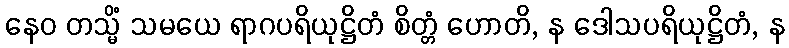
နေဝ တသ္မိံ သမယေ ရာဂပရိယုဋ္ဌိတံ စိတ္တံ ဟောတိ, န ဒေါသပရိယုဋ္ဌိတံ, န